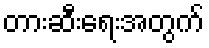
တားဆီးရေးအတွက်